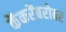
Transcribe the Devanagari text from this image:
केंकरेंबरोबर